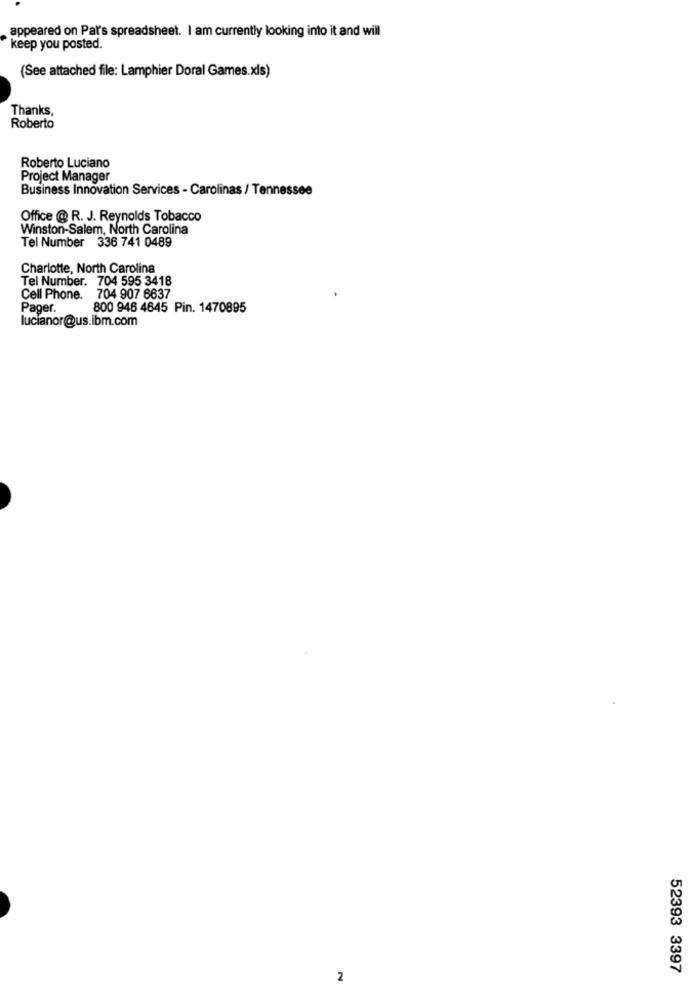
appeared on Par's spreadsheet. I am currently looking into it and will
keep you posted.
(See attached file: Lamphier Doral Games.xls)
Thanks,
Roberto
Roberto Luciano
Project Manager
Business Innovation Services - Carolinas / Tennessee
Office @ R. J. Reynolds Tobacco
Winston-Salem, North Carolina
Tel Number 336 741 0489
Charlotte, North Carolina
Tel Number. 704 595 3418
Cell Phone. 704 907 6637
Pager.
800 946 4645 Pin. 1470895
lucianor@us.ibm.com
52393 3397
2